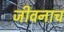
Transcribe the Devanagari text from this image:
जीवनाच